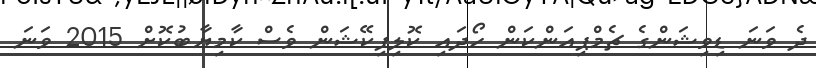
ދެ ވަނަ ޑިވިޝަންގެ ޗެމްޕިއަންކަން ހޯދައި ކޮލިފިކޭޝަން ވެސް ކާމިޔާބުކޮށް 2015 ވަނަ